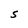
Character: S